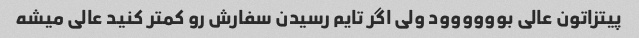
پیتزاتون عالی بوووووود ولی اگر تایم رسیدن سفارش رو کمتر کنید عالی میشه